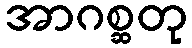
အာဂစ္ဆတု